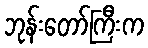
ဘုန်းတော်ကြီးက